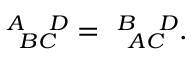
\ _ { \; \; B C } ^ { A \; \; \; \; D } = \ _ { \; \; A C } ^ { B \; \; \; \; D } .